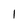
Character: 1